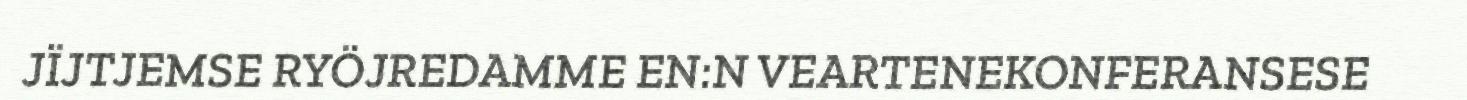
JÏJTJEMSE RYÖJREDAMME EN:N VEARTENEKONFERANSESE